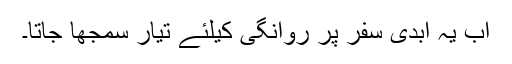
اب یہ ابدی سفر پر روانگی کیلئے تیار سمجھا جاتا۔